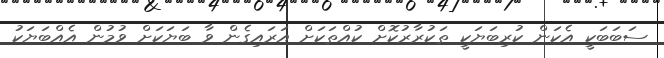
ސަބަބަކީ އެކަން ކުރިބަޔަކީ ތަކުރާރުކޮށް ކުއްތަކަށް އަރައިގެން ވާ ބަޔަކަށް ވުމުން އެއްބަަޔަކު